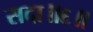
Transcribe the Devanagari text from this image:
सदा॥६॥